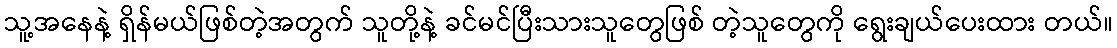
သူ့အနေနဲ့ ရှိန်မယ်ဖြစ်တဲ့အတွက် သူတို့နဲ့ ခင်မင်ပြီးသားသူတွေဖြစ် တဲ့သူတွေကို ရွေးချယ်ပေးထား တယ်။